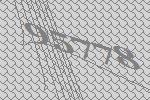
95778